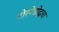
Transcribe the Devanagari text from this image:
टोरपेडोद्वारा